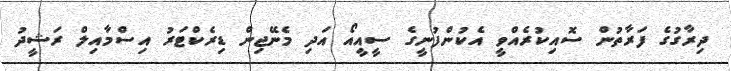
ދިރާގުގެ ފަރާތުން ސޮއިކުރެއްވީ އެކުންފުނީގެ ސީއީއޯ އަދި މެނޭޖިން ޑިރެކްޓަރު އިސްމާއިލް ރަޝީދު